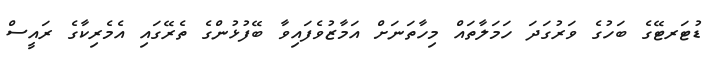
ޑުޓަރޓޭގެ ބަހުގެ ވަރުގަދަ ހަމަލާތައް މިހާތަނަށް އަމާޒުވެފައިވާ ބޭފުޅުންގެ ތެރޭގައި އެމެރިކާގެ ރައީސް